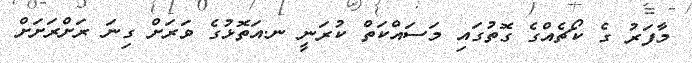
މާފަރު ގެ ކޯޗެއްގެ ގޮތުގައި މަސައްކަތް ކުރަނީ ނ.އަތޮޅުގެ ވަރަށް ގިނަ ރަށްރަށަށް